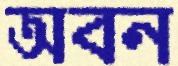
অবন